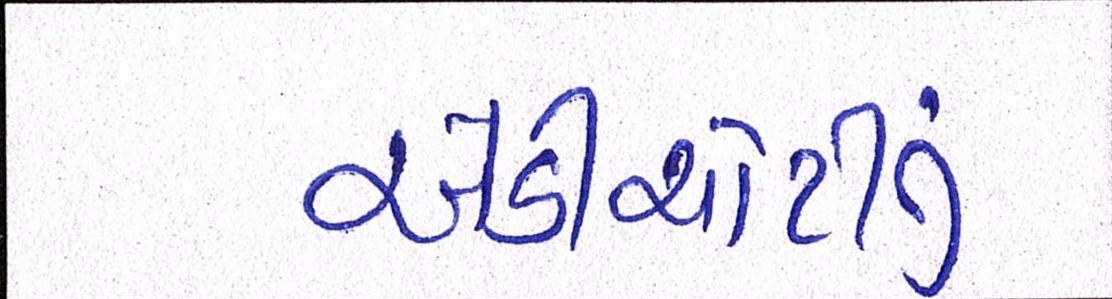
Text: એડીચોટીનું